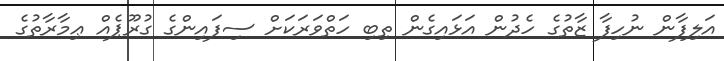
އަލިފާން ނުހިފާ ޒާތުގެ ހެދުން އަޅައިގެން ތިބި ހަތްވަރަކަށް ސިފައިންގެ ގުރޫޕެއް ޢިމާރާތުގެ